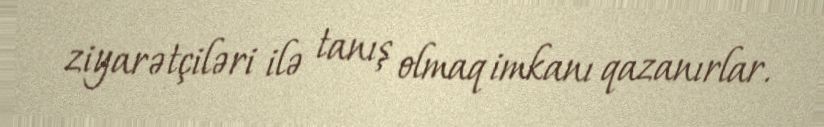
ziyarətçiləri ilə tanış olmaq imkanı qazanırlar.